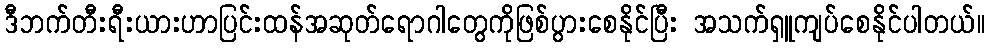
ဒီဘက်တီးရီးယားဟာပြင်းထန်အဆုတ်ရောဂါတွေကိုဖြစ်ပွားစေနိုင်ပြီး အသက်ရှူကျပ်စေနိုင်ပါတယ်။